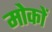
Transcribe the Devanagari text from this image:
मोकों